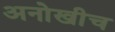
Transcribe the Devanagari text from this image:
अनोखीच